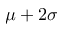
\mu + 2 \sigma